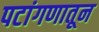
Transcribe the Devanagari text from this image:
पटांगणातून